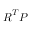
{ \boldsymbol { R } } ^ { T } { \boldsymbol { P } }